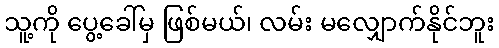
သူ့ကို ပွေ့ခေါ်မှ ဖြစ်မယ်၊ လမ်း မလျှောက်နိုင်ဘူး